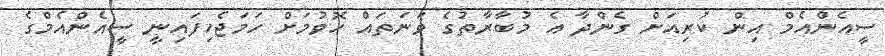
ސީއެންއެމް އިން ކުރިއަށް ގެންދާ އެ މުބާރާތުގެ ވަނަތައް ހޮވުމަށް ހަމަޖެހިފައިނީ ސީއެންއެމްގެ